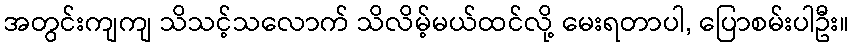
အတွင်းကျကျ သိသင့်သလောက် သိလိမ့်မယ်ထင်လို့ မေးရတာပါ, ပြောစမ်းပါဦး။